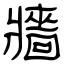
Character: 牆